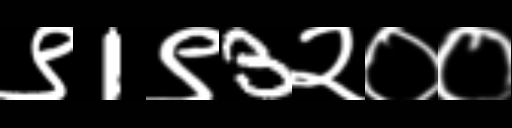
Text: ९1९3२००